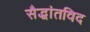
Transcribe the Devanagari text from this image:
सैद्धांतविद